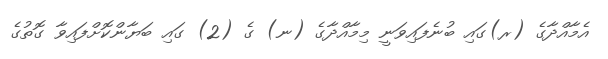
އެމާއްދާގެ (ރ)ގައި ބުނެފައިވަނީ މިމާއްދާގެ (ނ) ގެ (2) ގައި ބަޔާންކޮށްފައިވާ ގޮތުގެ